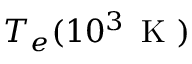
T _ { e } ( 1 0 ^ { 3 } \, \textrm { K } )